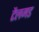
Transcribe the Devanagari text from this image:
टैलमड